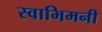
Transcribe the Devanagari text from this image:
स्वाभिमनी